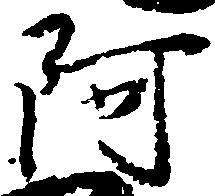
阿